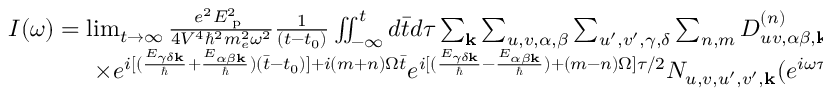
\begin{array} { r } { I ( \omega ) = \operatorname* { l i m } _ { t \rightarrow \infty } \frac { e ^ { 2 } E _ { \textrm { p } } ^ { 2 } } { 4 V ^ { 4 } \hbar ^ { 2 } m _ { e } ^ { 2 } \omega ^ { 2 } } \frac { 1 } { ( t - t _ { 0 } ) } \iint _ { - \infty } ^ { t } d \bar { t } d \tau \sum _ { \mathbf { k } } \sum _ { u , v , \alpha , \beta } \sum _ { u ^ { \prime } , v ^ { \prime } , \gamma , \delta } \sum _ { n , m } D _ { u v , \alpha \beta , \mathbf { k } } ^ { ( n ) } D _ { u ^ { \prime } v ^ { \prime } , \gamma \delta , \mathbf { k } } ^ { ( m ) } } \\ { \times e ^ { i [ ( \frac { E _ { \gamma \delta \mathbf { k } } } { \hbar } + \frac { E _ { \alpha \beta \mathbf { k } } } { \hbar } ) ( \bar { t } - t _ { 0 } ) ] + i ( m + n ) \Omega \bar { t } } e ^ { i [ ( \frac { E _ { \gamma \delta \mathbf { k } } } { \hbar } - \frac { E _ { \alpha \beta \mathbf { k } } } { \hbar } ) + ( m - n ) \Omega ] \tau / 2 } N _ { u , v , u ^ { \prime } , v ^ { \prime } , \mathbf { k } } ( e ^ { i \omega \tau } + e ^ { - i \omega \tau } ) . } \end{array}